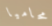
محاميا